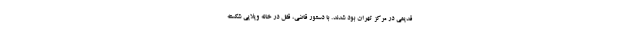
قدیمی در مرکز تهران بود شدند. با دستور قاضی، قفل در خانه ویلایی شکسته